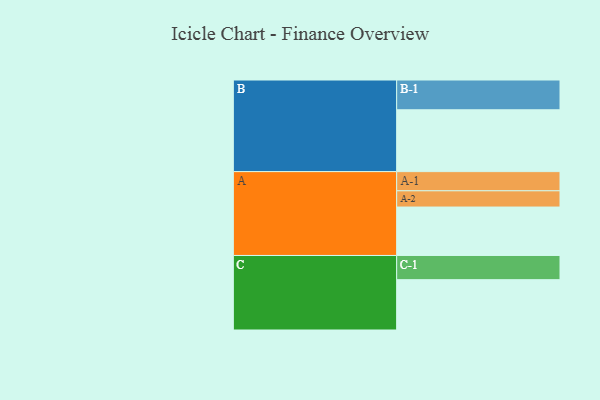
{"axis": {"x": "Segment", "y": "Value"}, "legend": ["", "A", "B", "C"], "data": [{"x": "A", "y": 462, "type": ""}, {"x": "B", "y": 590, "type": ""}, {"x": "C", "y": 480, "type": ""}, {"x": "A-1", "y": 183, "type": "A"}, {"x": "A-2", "y": 155, "type": "A"}, {"x": "B-1", "y": 284, "type": "B"}, {"x": "C-1", "y": 231, "type": "C"}]}